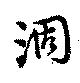
涸